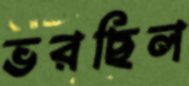
ভরছিল